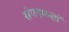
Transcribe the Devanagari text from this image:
संगहकर्ता